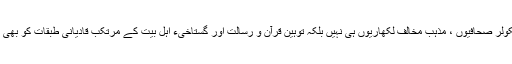
پاکستان ہی نہیں پوری دنیا میں گستاخِ صحابہ و ام المومین ، سیکولر صحافیوں ، مذہب مخالف لکھاریوں ہی نہیں بلکہ توہین قرآن و رسالت اور گستاخیء اہل بیت کے مرتکب قادیانی طبقات کو بھی ایرانی اداروں اور شعیہ شعرا و ادیبوں کی سرپرستی حاصل ہے۔